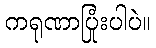
ကရုဏာပြုံးပါပဲ။